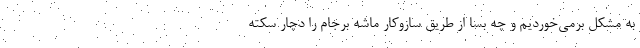
به مشکل برمی‌خوردیم و چه بسا از طریق سازوکار ماشه برجام را دچار سکته